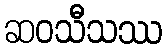
ဆဝသီသဿ